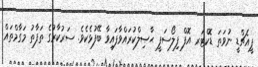
ޕީއެޗްޑީ ނުވަތަ ޑޮކްޓަރ އޮފް ފިލޯސަފީ ޙާޞިލްކުރައްވާފައިވާ ބޭފުޅެކެވެ. ސަރުކާރުގެ ތަފާތު މަގާމްތައް